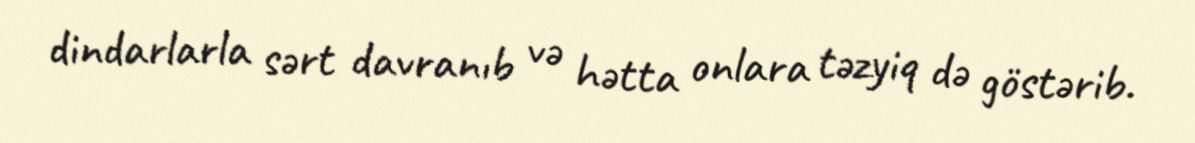
dindarlarla sərt davranıb və hətta onlara təzyiq də göstərib.